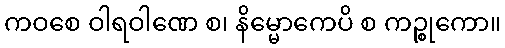
ကဝစေ ဝါရဝါဏေ စ၊ နိမ္မောကေပိ စ ကဉ္စုကော။